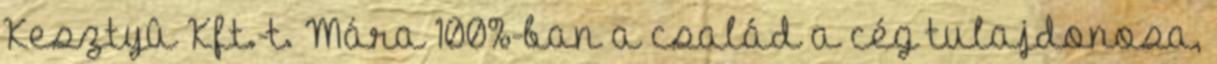
Kesztyû Kft.-t. Mára 100%-ban a család a cég tulajdonosa,